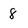
Character: 8